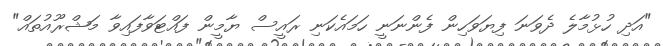
"އަދި ހުޅުމާލެ ދެވަނަ ފިޔަވަހިން ފެންނަނީ ހަމައެެކަނި ރައީސް ޔާމީން ފައްޓަވާފައިވާ މަޝްރޫއުތައް"